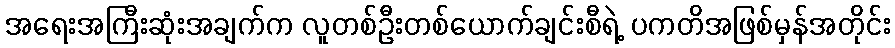
အရေးအကြီးဆုံးအချက်က လူတစ်ဦးတစ်ယောက်ချင်းစီရဲ့ ပကတိအဖြစ်မှန်အတိုင်း